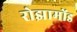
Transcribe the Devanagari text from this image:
रोझामोंड